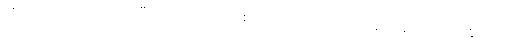
ကိုယ့်ဘာသာအလုပ်လုပ်ပြီးတော့ ကလေးတစ်ယောက်ကို အကောင်းဆုံးပြုစုပျိုးထောင်နိုင်တယ်။